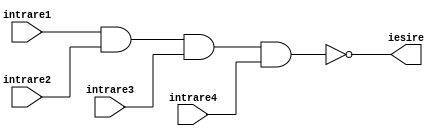
`timescale 1ns / 1ps
//////////////////////////////////////////////////////////////////////////////////
// Company: 
// Engineer: 
// 
// Design Name: 
// Module Name: NAND4
// Project Name: 
// Target Devices: 
// Tool Versions: 
// Description: 
// 
// Dependencies: 
// 
// Revision:
// Revision 0.01 - File Created
// Additional Comments:
// 
//////////////////////////////////////////////////////////////////////////////////


module NAND4(intrare1, intrare2, intrare3, intrare4, iesire);
input intrare1, intrare2, intrare3, intrare4;
output iesire;
assign iesire = ~(intrare1 & intrare2 & intrare3 & intrare4);
 
endmodule